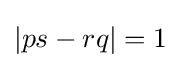
|ps-rq|=1